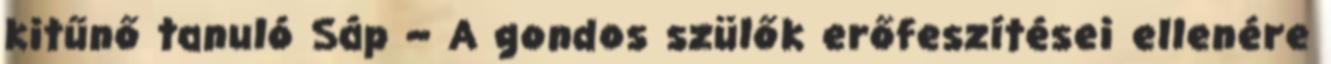
kitűnő tanuló Sáp – A gondos szülők erőfeszítései ellenére